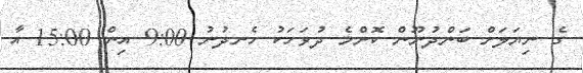
ގެ ނިޔަލަށް ބަންދުނޫން ކޮންމެ ދުވަހަކު ހެނދުނު 9:00 އިން 15:00 އާ